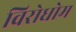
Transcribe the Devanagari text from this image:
विरोधोम